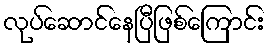
လုပ်ဆောင်နေပြီဖြစ်ကြောင်း